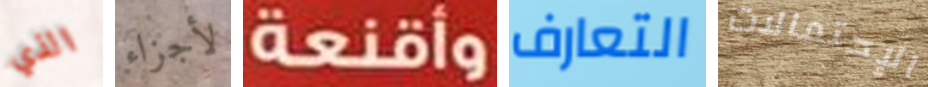
الذي لأجزاء وأقنعة التعارف الإحتمالات